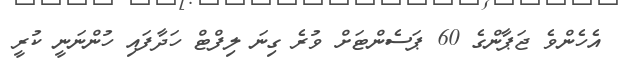
އެހެންވެ ޖަޕާންގެ 60 ޕަސެންޓަށް ވުރެ ގިނަ ލިފްޓް ހަދާފައި ހުންނަނީ ކުރީ